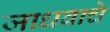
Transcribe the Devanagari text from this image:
जाधवाचे